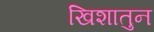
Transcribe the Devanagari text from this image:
खिशातुन